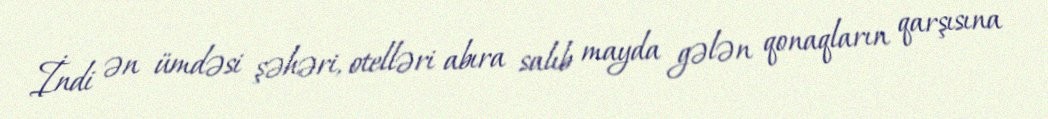
İndi ən ümdəsi şəhəri, otelləri abıra salıb mayda gələn qonaqların qarşısına